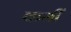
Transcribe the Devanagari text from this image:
कसीं